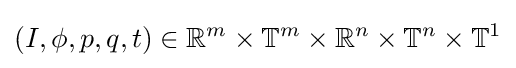
(I,\phi ,p,q,t)\in \mathbb {R} ^{m}\times \mathbb {T} ^{m}\times \mathbb {R} ^{n}\times \mathbb {T} ^{n}\times \mathbb {T} ^{1}